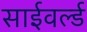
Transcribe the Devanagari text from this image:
साईवर्ल्ड